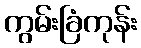
ကွမ်းခြံကုန်း